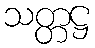
သတ္တဋ္ဌ